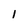
Character: 1